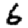
Digit: 6